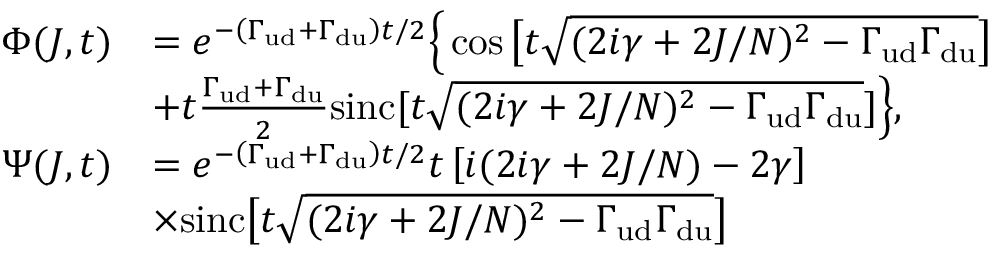
\begin{array} { r l } { \Phi ( J , t ) } & { = e ^ { - \left( \Gamma _ { \mathrm { u d } } + \Gamma _ { \mathrm { d u } } \right) t / 2 } \Big \{ \cos \big [ t \sqrt { ( 2 i \gamma + 2 J / N ) ^ { 2 } - \Gamma _ { \mathrm { u d } } \Gamma _ { \mathrm { d u } } } \big ] } \\ & { + t \frac { \Gamma _ { \mathrm { u d } } + \Gamma _ { \mathrm { d u } } } { 2 } \mathrm { s i n c } [ t \sqrt { ( 2 i \gamma + 2 J / N ) ^ { 2 } - \Gamma _ { \mathrm { u d } } \Gamma _ { \mathrm { d u } } } ] \Big \} , } \\ { \Psi ( J , t ) } & { = e ^ { - \left( \Gamma _ { \mathrm { u d } } + \Gamma _ { \mathrm { d u } } \right) t / 2 } t \left[ i ( 2 i \gamma + 2 J / N ) - 2 \gamma \right] } \\ & { \times \mathrm { s i n c } \big [ t \sqrt { ( 2 i \gamma + 2 J / N ) ^ { 2 } - \Gamma _ { \mathrm { u d } } \Gamma _ { \mathrm { d u } } } \big ] } \end{array}